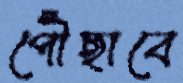
পৌঁছাবে